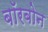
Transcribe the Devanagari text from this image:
बॉरबोन